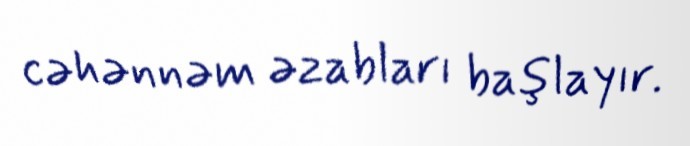
cəhənnəm əzabları başlayır.